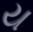
ય